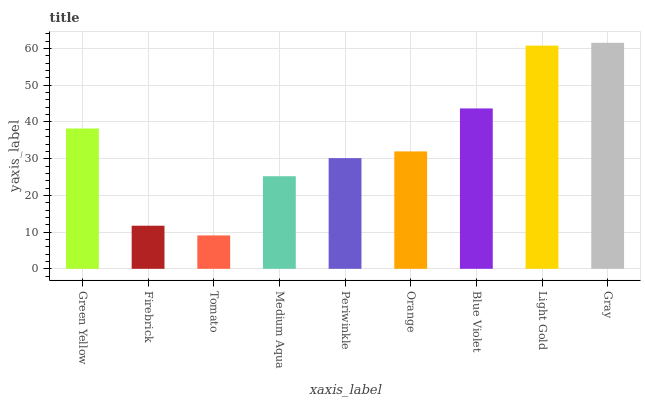
| xaxis_label | bars |
 | --- | --- |
 | Green Yellow | 38.2 |
 | Firebrick | 11.7 |
 | Tomato | 9.1 |
 | Medium Aqua | 25.2 |
 | Periwinkle | 30.2 |
 | Orange | 32 |
 | Blue Violet | 43.7 |
 | Light Gold | 60.8 |
 | Gray | 61.6 |